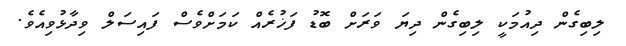
ލިބިގެން ދިއުމަކީ ލިބިގެން ދިޔަ ވަރަށް ބޮޑު ފަޚުރެއް ކަމަށްވެސް ފައިސަލް ވިދާޅުވިއެވެ.